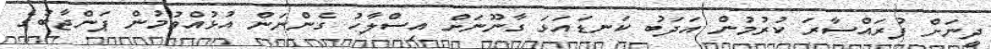
ދީނަށް ފުރައްސާރަ ކުރުމުން އަދަބު ކަނޑައަޅަ ގާނޫނަށް އިސްލާހު ގެންނަން އުޅުއްވުމުން ޕަންޖާބުގެ